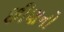
છીણનો